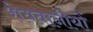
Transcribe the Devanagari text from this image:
शेयबानीयों